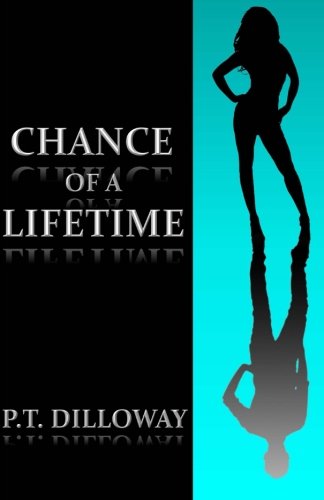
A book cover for Chance of a Lifetime (Chances Are) (Volume 1); P.T. Dilloway; Mystery, Thriller & Suspense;